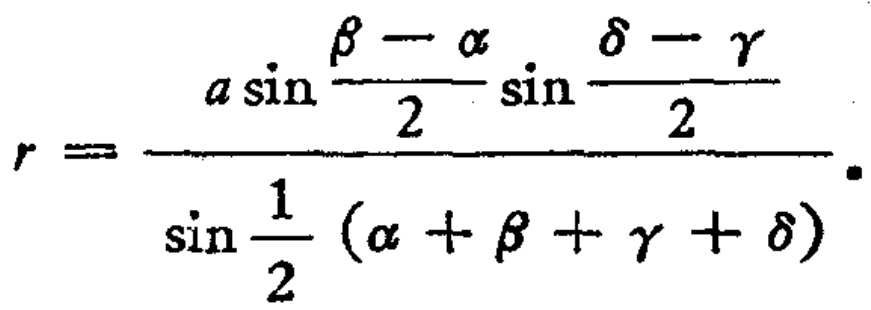
\[
r = \frac{a \sin \frac{\beta - \alpha}{2} \sin \frac{\delta - \gamma}{2}}{\sin \frac{1}{2}(\alpha + \beta + \gamma + \delta)}.
\]